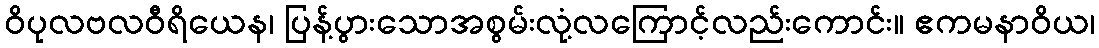
ဝိပုလဗလဝီရိယေန၊ ပြန့်ပွားသောအစွမ်းလုံ့လကြောင့်လည်းကောင်း။ ဧကမနာဝိယ၊